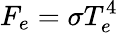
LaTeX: F_{e}=\sigma T_{e}^{4}